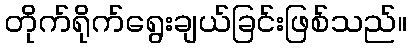
တိုက်ရိုက်ရွေးချယ်ခြင်းဖြစ်သည်။